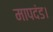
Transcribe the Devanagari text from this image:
मापदंड।